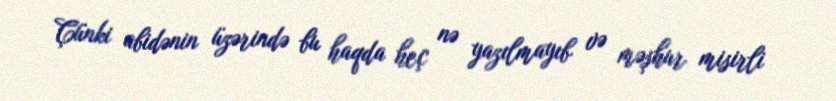
Çünki abidənin üzərində bu haqda heç nə yazılmayıb və məşhur misirli